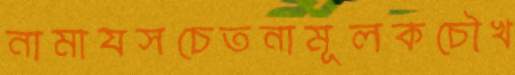
নামাযসচেতনামূলকচৌখ